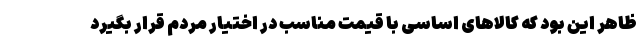
ظاهر این بود که کالاهای اساسی با قیمت مناسب در اختیار مردم قرار بگیرد